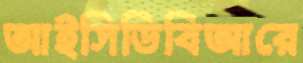
আইসিডিবিআরে